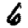
Digit: 6